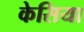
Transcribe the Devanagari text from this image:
केसिया